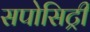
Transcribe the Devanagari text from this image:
सपोसिट्री